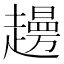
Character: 𧾈